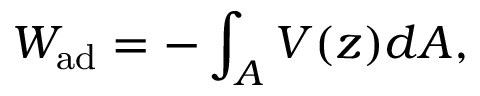
W _ { \mathrm { a d } } = - \int _ { A } V ( z ) d A ,